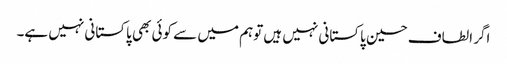
اگر الطاف حسین پاکستانی نہیں ہیں توہم میں سے کوئی بھی پاکستانی نہیں ہے۔